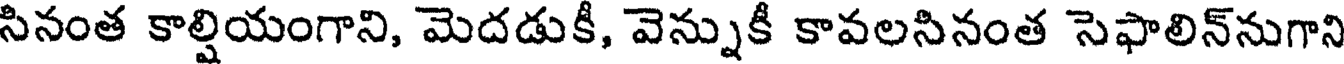
సినంత కాల్షియంగాని, మెదడుకీ, వెన్నుకీ కావలసినంత సెఫాలిన్నుగాని